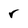
Character: r